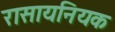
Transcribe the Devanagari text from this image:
रासायनियक